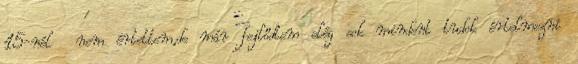
15-nél nem értettem,de már fejlődtem elég sok mindent tudok értelmezni